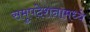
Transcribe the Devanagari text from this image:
समुपदेशनामध्ये